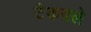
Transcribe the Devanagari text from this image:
टेकवले